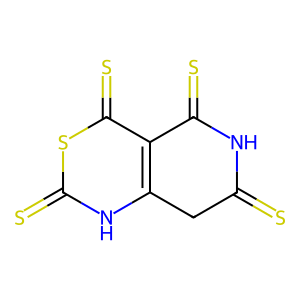
SMILES: S=C1Cc2[nH]c(=S)sc(=S)c2C(=S)N1
Inhibits HIV replication: No